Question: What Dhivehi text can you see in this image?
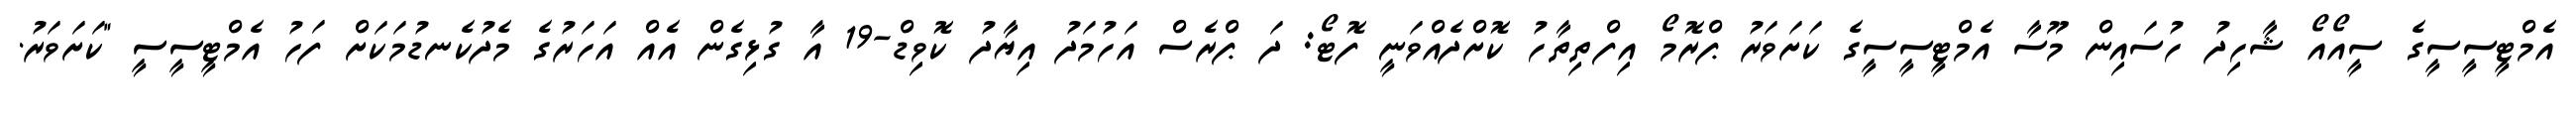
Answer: އެމްޓީސީސީގެ ސީއޯއޯ ޝާހިދު ހުސައިން މޫސާ އެމްޓީސީސީގެ ކަށަވަރު ޕްރޮމޯ އިފްތިތާހު ކޮށްދެއްވަނީ ފޮޓޯ: ދަ ޕްރެސް އަހުމަދު އިޔާދު ކޮވިޑް-19 އާ ގުޅިގެން އެއް އަހަރުގެ މެދުކެނޑުމަކަށް ފަހު އެމްޓީސީސީ "ކަށަވަރު.